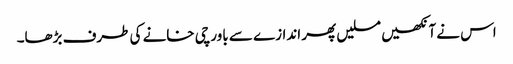
اس نے آنکھیں مسلیں پھر اندازے سے باورچی خانے کی طرف بڑھا۔